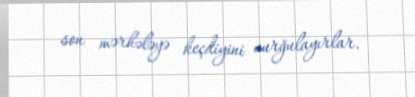
son mərhələyə keçdiyini vurğulayırlar.